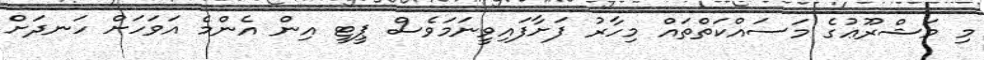
މި މަޝްރޫޢުގެ މަސައްކަތްތައް މިހާރު ފަށާފައިވީނަމަވެސް ޕީޓީ އިން އެންމެ އަވަހަށް ހަނދަށް